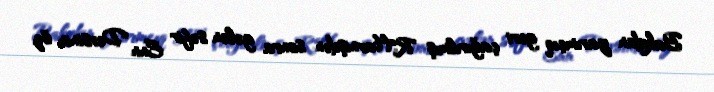
Bakıdan yarımçıq geri çağırılmış R.Harnişdən sonra gələn səfir Enn Dersinin öz